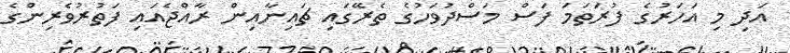
އަދި މި އަހަރުގެ ފުރަތަމަ ފަސް މަސްދުވަހުގެ ތެރޭގައި ޗައިނާއިން ރާއްޖެއައި ފަތުރުވެރިންގެ